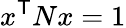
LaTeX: x^{\textsf{T}}Nx=1